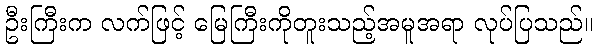
ဦးကြီးက လက်ဖြင့် မြေကြီးကိုတူးသည့်အမူအရာ လုပ်ပြသည်။